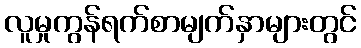
လူမှုကွန်ရက်စာမျက်နှာများတွင်